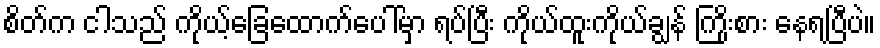
စိတ်က ငါသည် ကိုယ့်ခြေထောက်ပေါ်မှာ ရပ်ပြီး ကိုယ်ထူးကိုယ်ချွန် ကြိုးစား နေရပြီပဲ။